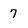
Character: 7